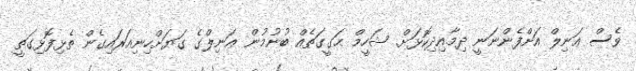
ވެސް ޢަނިލް އަށްފެންނަނީ ދިމާއިދިކޮޅަށް. ޝަހީމް ޙަގީގަތެއް ބުނުމުން ޢަނިލްގެ ގަޔަށްހިނިއަރައިގެން ތެޅިފޮޅިގަތީ